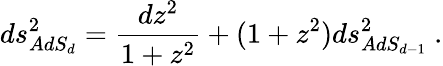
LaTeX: ds_{AdS_{d}}^{2}={\frac{dz^{2}}{1+z^{2}}}+(1+z^{2})ds_{AdS_{d-1}}^{2}\ .